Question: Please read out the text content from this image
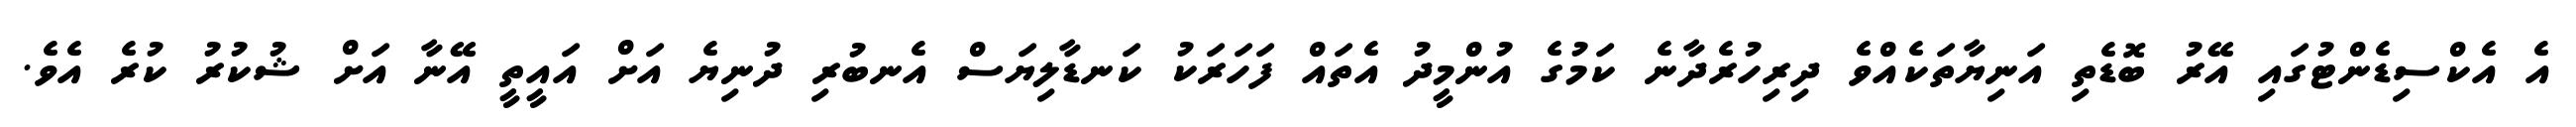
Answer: އެ އެކްސިޑެންޓުގައި އޭރު ބޮޑެތި އަނިޔާތަކެއްވެ ދިރިހުރެދާނެ ކަމުގެ އުންމީދު އެތައް ފަހަރަކު ކަނޑާލިޔަސް އެނބުރި ދުނިޔެ އަށް އައީތީ އޭނާ އަށް ޝުކުރު ކުރެ އެވެ.